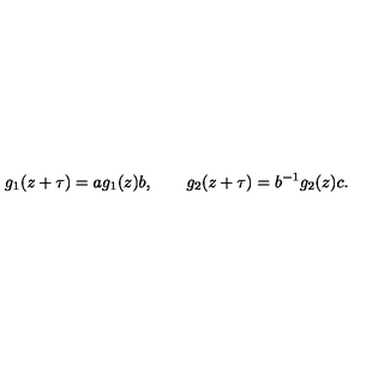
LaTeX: g _ { 1 } ( z + \tau ) = a g _ { 1 } ( z ) b , \qquad g _ { 2 } ( z + \tau ) = b ^ { - 1 } g _ { 2 } ( z ) c .